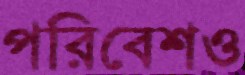
পরিবেশও